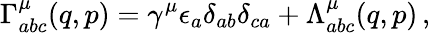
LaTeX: \Gamma_{abc}^{\mu}(q,p)=\gamma^{\mu}\epsilon_{a}\delta_{ab}\delta_{ca}+\Lambda_{abc}^{\mu}(q,p)\, ,